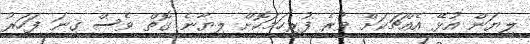
ލިޔަން އުޅޭ އެއްޗަކަށް ވުރެ ފުރިހަމަކޮށް ލިޔާނެ ގޮތް ވެސް ގިނަ ފަހަރު